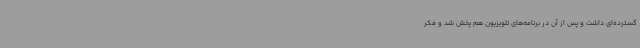
گسترده‌ای داشت و پس از آن در برنامه‌های تلویزیون هم پخش شد و فکر